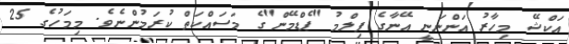
އަކްޝޭ މިހާރު އަންނަނީ އޭނާގެ ފިލްމު "ޕެޑްމޭން"ގެ މަސައްކަތް ކުރަމުންނެވެ. މިމަހުގެ 25